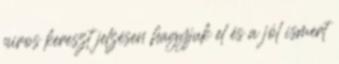
piros kereszt jelzésen hagyjuk el és a jól ismert